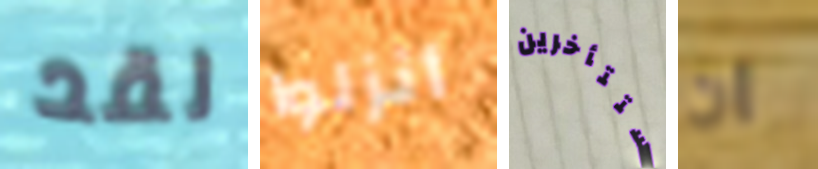
لقد أنزلوا ستتأخرين ان